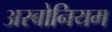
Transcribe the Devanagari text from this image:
अरबोनियम